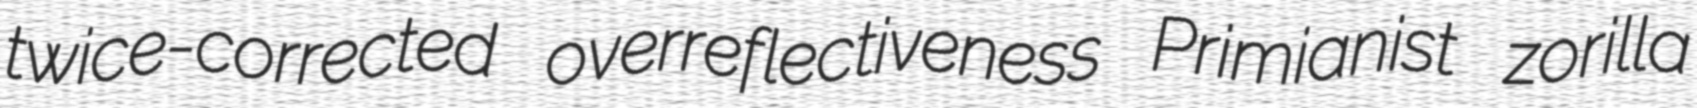
twice-corrected overreflectiveness Primianist zorilla